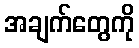
အချက်တွေကို